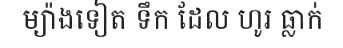
ម្យ៉ាងទៀត ទឹក ដែល ហូរ ធ្លាក់